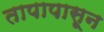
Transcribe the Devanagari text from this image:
तापापासून